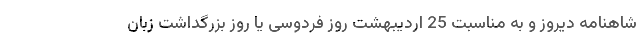
شاهنامه دیروز و به مناسبت 25 اردیبهشت روز فردوسی یا روز بزرگداشت زبان